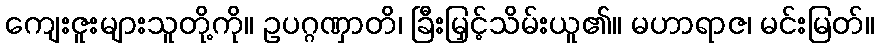
ကျေးဇူးများသူတို့ကို။ ဥပဂ္ဂဏှာတိ၊ ခြီးမြှင့်သိမ်းယူ၏။ မဟာရာဇ၊ မင်းမြတ်။